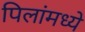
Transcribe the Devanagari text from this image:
पिलांमध्ये